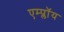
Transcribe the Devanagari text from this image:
एम्प्लॉय